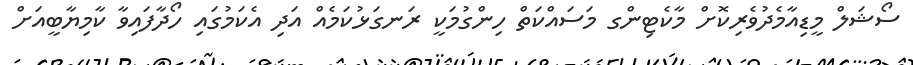
ސޯޝަލް މީޑިއާމެދުވެރިކޮށް މާކެޓިންގ މަސައްކަތް ހިންގުމަކީ ރަނގަޅުކަމެއް އަދި އެކަމުގައި ހޯދާފައިވާ ކާމިޔާބީއަށް